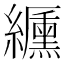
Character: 𦇟